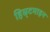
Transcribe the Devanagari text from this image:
हिस्र्टमाइन